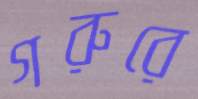
গরুরে